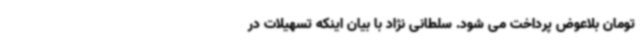
تومان بلاعوض پرداخت می شود. سلطانی نژاد با بیان اینکه تسهیلات در